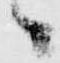
々